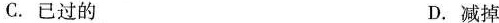
C.已过的 D.减掉